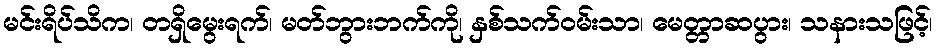
မင်းရိပ်သိက၊ တရှိမွေးရက်၊ မတ်ဘွားဘက်ကို၊ နှစ်သက်ဝမ်းသာ၊ မေတ္တာဆပွား၊ သနားသဖြင့်၊